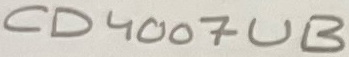
Text: CD4007UB